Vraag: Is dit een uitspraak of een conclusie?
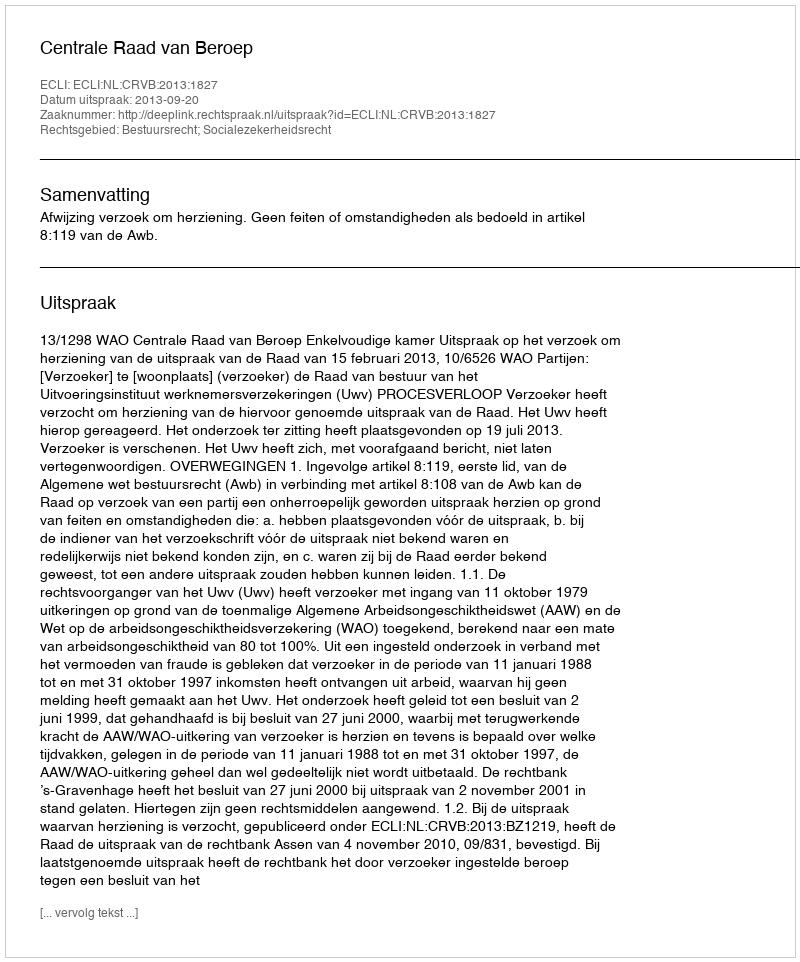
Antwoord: Uitspraak